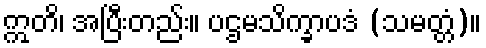
ဣတိ၊ အပြီးတည်း။ ပဌမသိက္ခာပဒံ (သမတ္တံ)။